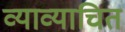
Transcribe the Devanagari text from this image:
व्याव्याचित